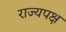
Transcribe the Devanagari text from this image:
राज्यपक्ष